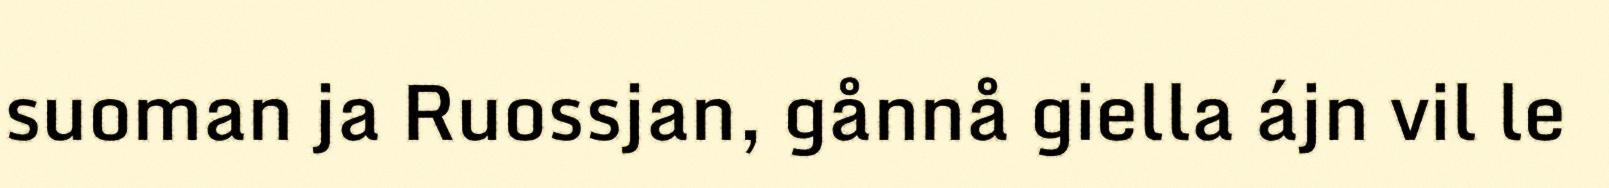
suoman ja Ruossjan, gånnå giella ájn vil le